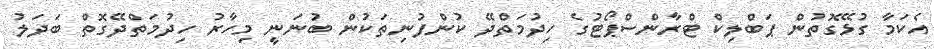
އެކަމާ ގުޅޭގޮތުން ޕަބްލިކް ޓްރާންސްޕޯޓުގެ ހިދުމަތްދޭ ކުންފުނިތަކުން ބުނަނީ މިހާރު ހިދުމަތްދޭގޮތް ބަދަލު